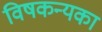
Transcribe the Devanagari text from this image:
विषकन्यका